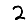
Digit: 2